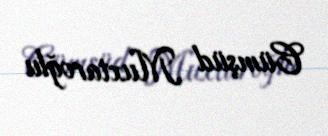
Cümşüd Muxtaroğlu